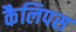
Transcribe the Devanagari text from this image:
कैलिपस